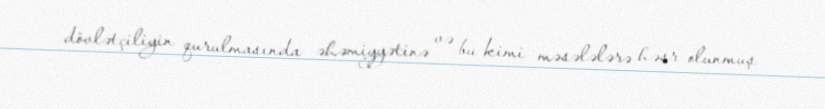
dövlətçiliyin qurulmasında əhəmiyyətinə və bu kimi məsələlərə həsr olunmuş